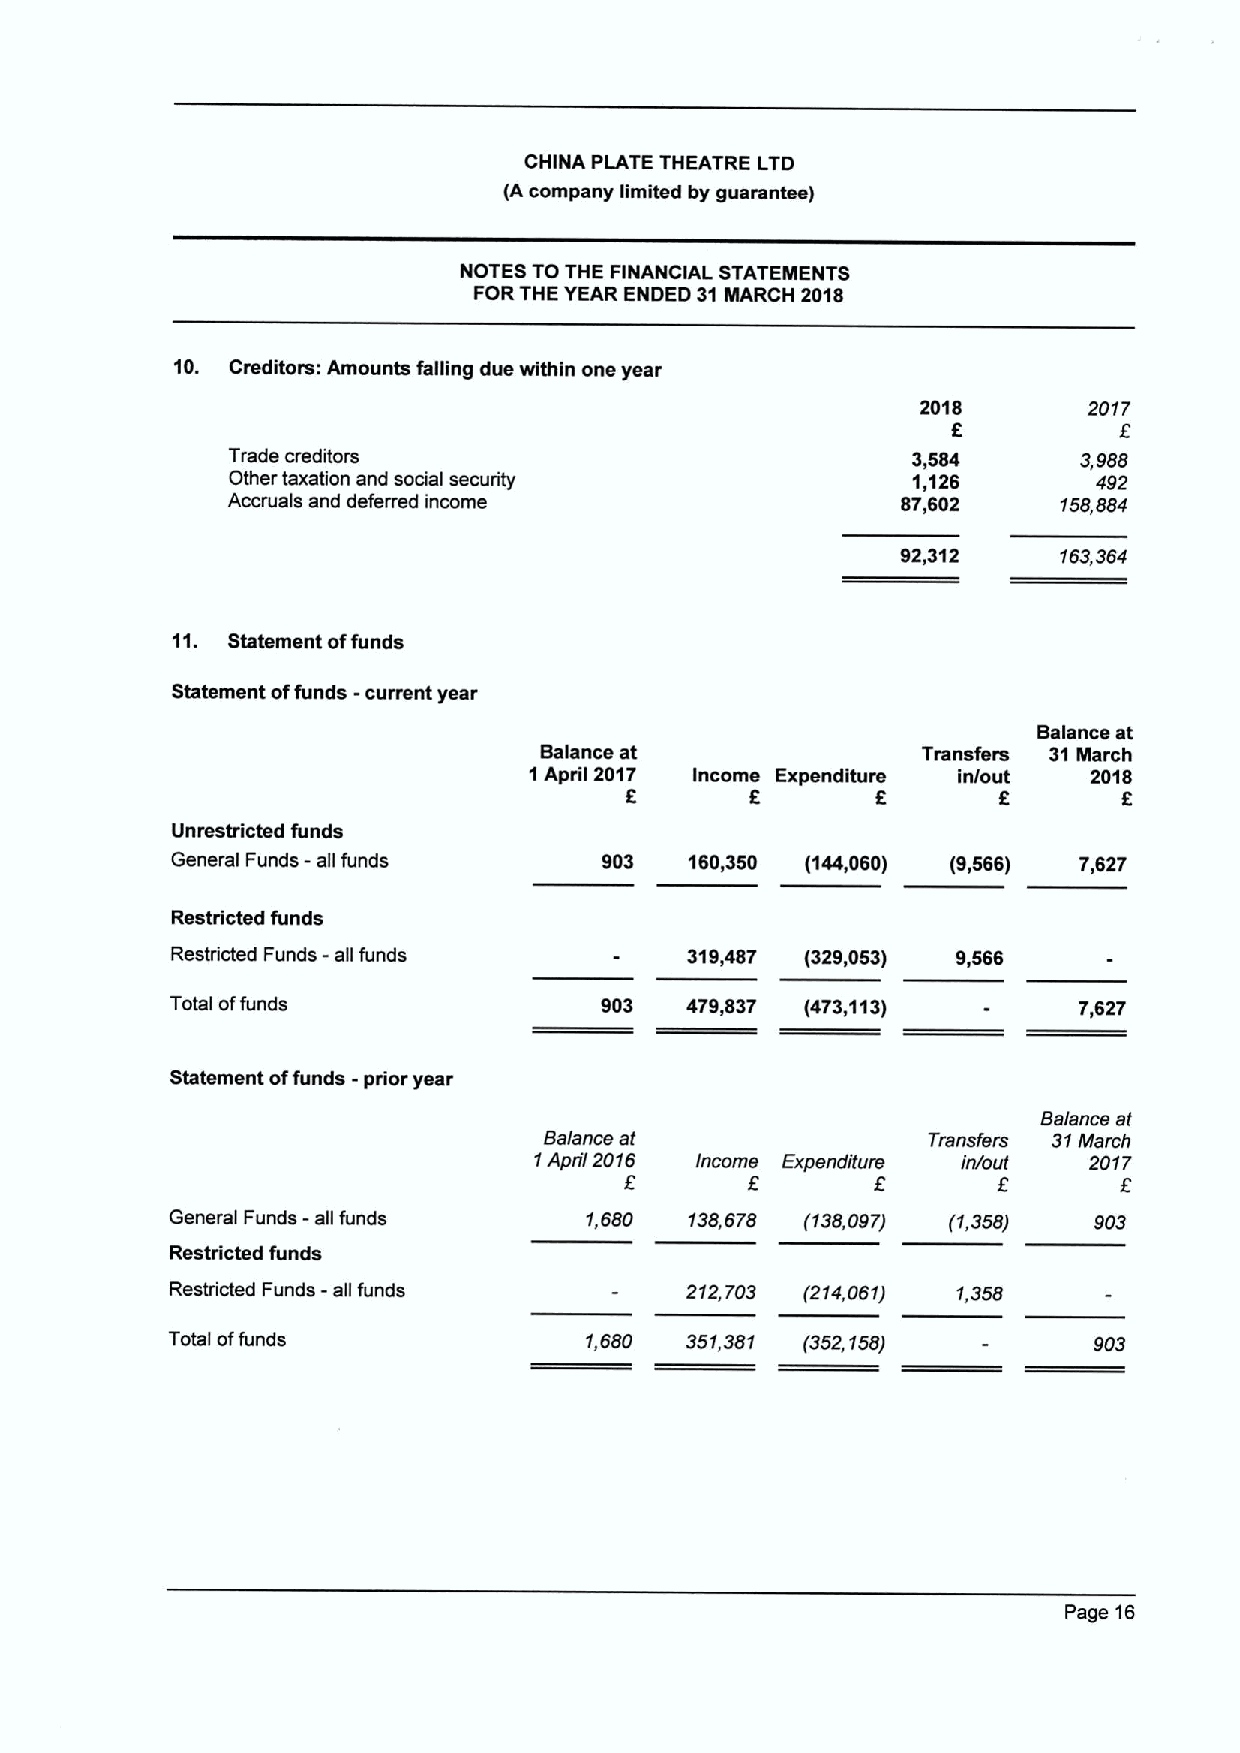
CHINA PLATE THEATRE LTD
 (A company limited by guarantee)
 NOTES TO THE FINANCIAL STATEMENTS
 FORTHE YEAR ENDED 31MARCH 2018
 10. Creditom: Amounts falling due within one year
 2018       2017
 f          f
 Trade creditors                              3,564       3,988
 Other taxation and social security           1,126        492
 Accruals and deferred income                 87,602    158,884
 92,312    153,364
 11. Statement offunds
 Statement offunds -current year
 Balance at
 Balance at               Transfers 31March
 1April 201 f7 Income
 6
 Expenditure
 f
 in/out
 f
 201 f8
 Unrestricted funds
 General Funds - all funds    903   160,350 (144,060) (9,566) 7,627
 Restricted funds
 Restricted Funds - all funds      319,487 (329,053) 9,566
 Total offunds                903  479,837 (473,113)         7,627
 Statement offunds -prior year
 Balance at
 Balance at               Tmnsfers 31March
 1April 2016 Income Expenditunr f in/outf 201 f7
 -
 General Funds all funds     1,680  138,678 (138,097) (1,358) 903
 Restricted funds
 Restricted Funds - all funds      212,703 (214,061) 1,358
 Total offunds               1,680 351,381 (352,158)          903
 Page 16